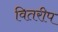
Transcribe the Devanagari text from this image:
वितरीप